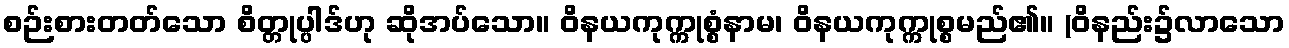
စဉ်းစားတတ်သော စိတ္တုပ္ပါဒ်ဟု ဆိုအပ်သော။ ဝိနယကုက္ကုစ္စံနာမ၊ ဝိနယကုက္ကုစ္စမည်၏။ (ဝိနည်း၌လာသော